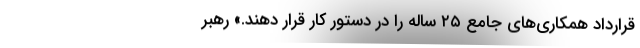
قرارداد همکاری‌های جامع ۲۵ ساله را در دستور کار قرار دهند.» رهبر